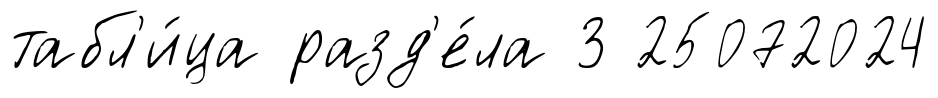
табл'и́ца разд'е́ла 3 25072024